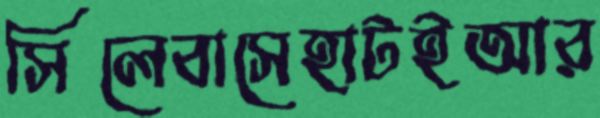
সিলেবাসেহাটইআর